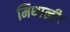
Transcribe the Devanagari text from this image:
मिथाली।